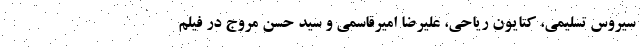
سیروس تسلیمی، کتایون ریاحی، علیرضا امیرقاسمی و سید حسن مروج در فیلم